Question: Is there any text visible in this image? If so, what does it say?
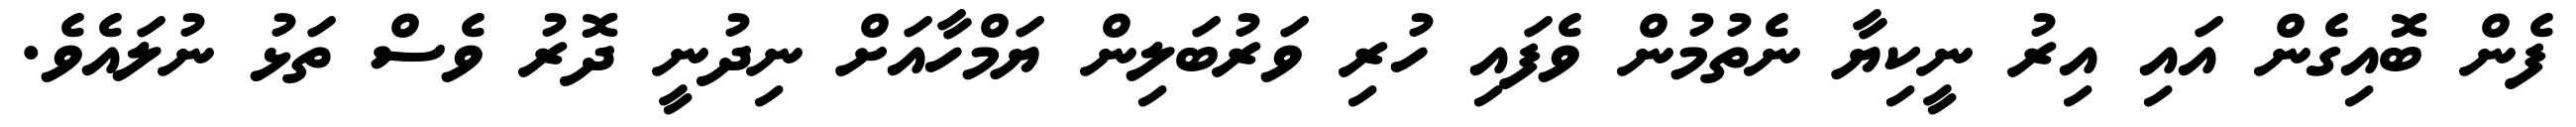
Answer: ފެން ބޮއިގެން އައި އިރު ނީކިޔާ ނެތުމުން ވެފައި ހުރި ވަރުބަލިން ޔަމްހާއަށް ނިދުނީ ދޮރު ވެސް ތަޅު ނުލައެވެ.